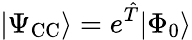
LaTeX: |\Psi_{\mathrm{CC}}\rangle=e^{\hat{T}}|\Phi_{0}\rangle